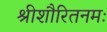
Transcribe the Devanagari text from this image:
श्रीशौरितनमः